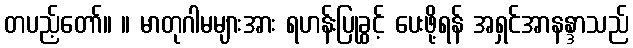
တပည့်တော်။ ။ မာတုဂါမများအား ရဟန်းပြုခွင့် ပေးဖို့ရန် အရှင်အာနန္ဒာသည်